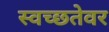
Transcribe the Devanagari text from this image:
स्वच्छतेवर